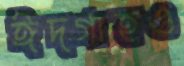
ঈদগাহও